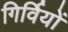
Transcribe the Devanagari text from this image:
गिर्वियों